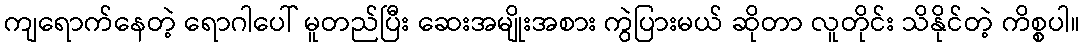
ကျရောက်နေတဲ့ ရောဂါပေါ် မူတည်ပြီး ဆေးအမျိုးအစား ကွဲပြားမယ် ဆိုတာ လူတိုင်း သိနိုင်တဲ့ ကိစ္စပါ။